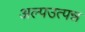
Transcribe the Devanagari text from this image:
अल्पउत्पन्न